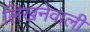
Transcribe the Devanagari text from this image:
लिखनेवाली